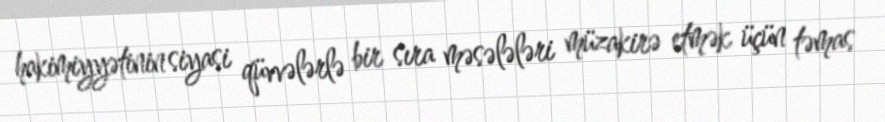
hakimiyyətinin siyasi qüvvələrlə bir sıra məsələləri müzakirə etmək üçün təmas